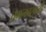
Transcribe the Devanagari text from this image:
चमत्कारमयी